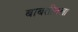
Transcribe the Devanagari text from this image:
बाबतीतला